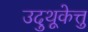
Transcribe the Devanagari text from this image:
उदुथूकेत्तु